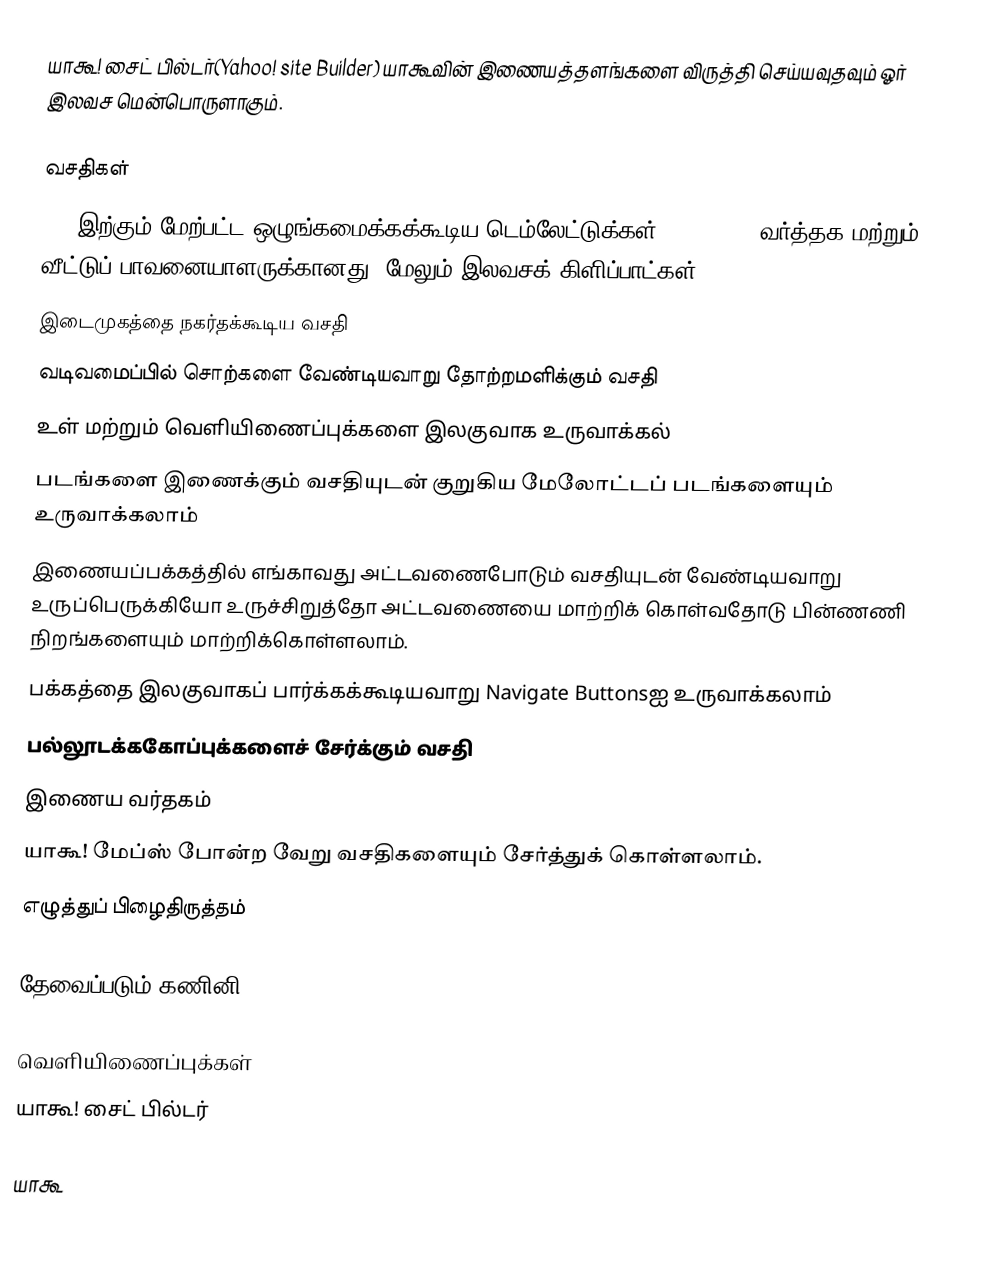
யாகூ! சைட் பில்டர்(Yahoo! site Builder) யாகூவின் இணையத்தளங்களை விருத்தி செய்யவுதவும் ஓர் இலவச மென்பொருளாகும்.

வசதிகள்
380 இற்கும் மேற்பட்ட ஒழுங்கமைக்கக்கூடிய டெம்லேட்டுக்கள்(Templates) வர்த்தக மற்றும் வீட்டுப் பாவனையாளருக்கானது. மேலும் இலவசக் கிளிப்பாட்கள்
இடைமுகத்தை நகர்தக்கூடிய வசதி
வடிவமைப்பில் சொற்களை வேண்டியவாறு தோற்றமளிக்கும் வசதி
உள் மற்றும் வெளியிணைப்புக்களை இலகுவாக உருவாக்கல்
படங்களை இணைக்கும் வசதியுடன் குறுகிய மேலோட்டப் படங்களையும் உருவாக்கலாம்
இணையப்பக்கத்தில் எங்காவது அட்டவணைபோடும் வசதியுடன் வேண்டியவாறு உருப்பெருக்கியோ உருச்சிறுத்தோ அட்டவணையை மாற்றிக் கொள்வதோடு பின்ணணி நிறங்களையும் மாற்றிக்கொள்ளலாம்.
பக்கத்தை இலகுவாகப் பார்க்கக்கூடியவாறு Navigate Buttonsஐ உருவாக்கலாம்
பல்லூடக்ககோப்புக்களைச் சேர்க்கும் வசதி
இணைய வர்தகம்
யாகூ! மேப்ஸ் போன்ற வேறு வசதிகளையும் சேர்த்துக் கொள்ளலாம்.
எழுத்துப் பிழைதிருத்தம்

தேவைப்படும் கணினி

வெளியிணைப்புக்கள்
யாகூ! சைட் பில்டர்

யாகூ